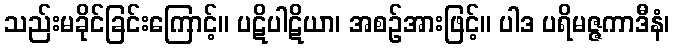
သည်းမခိုင်ခြင်းကြောင့်။ ပဋိပါဋိယာ၊ အစဉ်အားဖြင့်။ ပါဒ ပရိမဇ္ဇကာဒီနံ၊